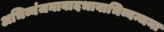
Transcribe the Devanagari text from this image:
अभिव्यंजनावादभावाभिव्यन्जना